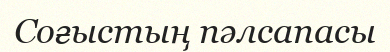
Соғыстың пәлсапасы